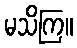
မသိကြ။